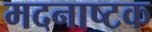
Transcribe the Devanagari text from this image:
मदनाष्टक